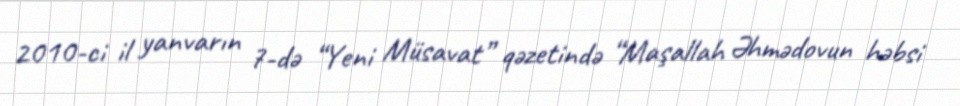
2010-ci il yanvarın 7-də “Yeni Müsavat” qəzetində “Maşallah Əhmədovun həbsi